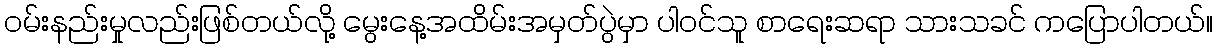
ဝမ်းနည်းမှုလည်းဖြစ်တယ်လို့ မွေးနေ့အထိမ်းအမှတ်ပွဲမှာ ပါဝင်သူ စာရေးဆရာ သားသခင် ကပြောပါတယ်။